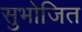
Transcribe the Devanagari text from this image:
सुभोजित